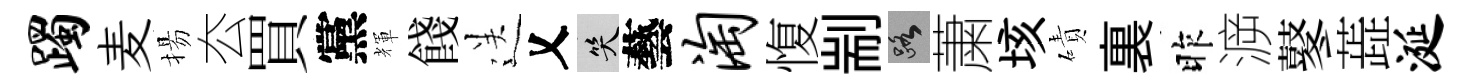
躅麦揚厺買黨輝餞送乂笑藝淘愎剬路䔥垓磧裏昨㴑鼕蕋涎